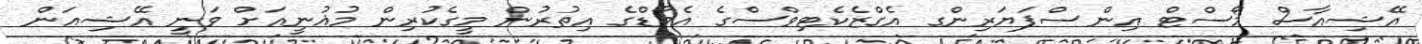
އޭޝިއާސް މޯސްޓް އިންސްޕަޔަރިންގ އެގްޒެކެޓިވްސްގެ އެވޯޑްގެ އިތުރުން މީގެކުރިން މުޣުނީއަށް ވަނީ އޭޝިއަން